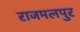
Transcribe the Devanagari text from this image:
राजमलपुर